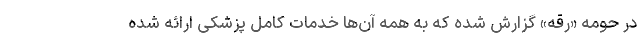
در حومه «رقه» گزارش شده که به همه آن‌ها خدمات کامل پزشکی ارائه شده